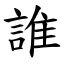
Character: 誰